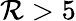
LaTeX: \mathcal{R}>5